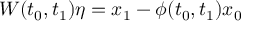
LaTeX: W ( t _ { 0 } , t _ { 1 } ) \eta = x _ { 1 } - \phi ( t _ { 0 } , t _ { 1 } ) x _ { 0 }